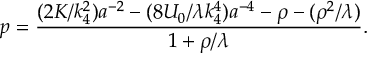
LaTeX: p = \frac { ( 2 K / k _ { 4 } ^ { 2 } ) a ^ { - 2 } - ( 8 { \cal U } _ { 0 } / \lambda k _ { 4 } ^ { 4 } ) a ^ { - 4 } - \rho - ( \rho ^ { 2 } / \lambda ) } { 1 + \rho / \lambda } .